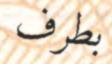
بطرف